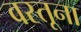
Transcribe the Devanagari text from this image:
वस्तूना